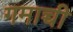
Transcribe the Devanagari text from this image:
गमाच्ची